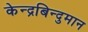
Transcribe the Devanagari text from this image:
केन्द्रबिन्दुमान